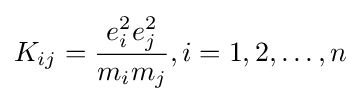
K_{ij}={\frac {e_{i}^{2}e_{j}^{2}}{m_{i}m_{j}}},i=1,2,\dots ,n